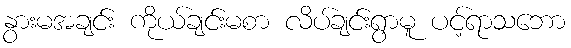
နွားမအချင်း ကိုယ်ချင်းမစာ လိပ်ချင်းရွာမူ ပင့်ရာသဘော